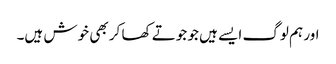
اور ہم لوگ ایسے ہیں جو جوتے کھا کر بھی خوش ہیں۔